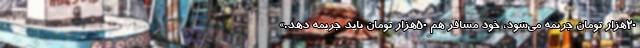
۲۰هزار تومان جریمه می‌شود، خود مسافر هم ۵۰هزار تومان باید جریمه دهد.»